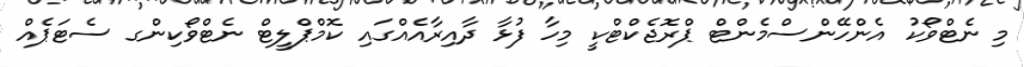
މި ނެޓްވޯކު އެންހޭންސްމެންޓް ޕްރޮޖެކްޓްކީ މިހާ ފުޅާ ދާއިރާއެއްގައި ކޮމްޕްލީޓް ނެޓްވޯކިންގ ސެޓަޕެއް